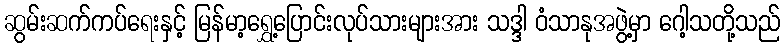
ဆွမ်းဆက်ကပ်ရေးနှင့် မြန်မာ့ရွှေ့ပြောင်းလုပ်သားများအား သဒ္ဒါ ဝံသာနုအဖွဲ့မှာ ဂေါ့သတို့သည်